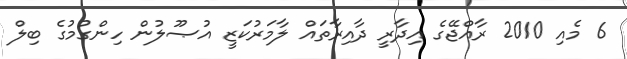
6 މެއި 2010 ރާއްޖޭގެ އިދާރީ ދާއިރާތައް ލާމަރުކަޒީ އުޞޫލުން ހިންގުމުގެ ބިލް